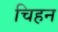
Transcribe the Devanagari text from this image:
चिहन